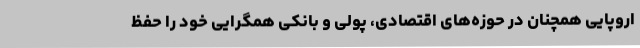
اروپایی همچنان در حوزه‌های اقتصادی، پولی و بانکی همگرایی خود را حفظ